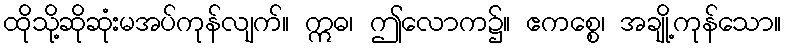
ထိုသို့ဆိုဆုံးမအပ်ကုန်လျက်။ ဣဓ၊ ဤလောက၌။ ဧကစ္စေ၊ အချို့ကုန်သော။